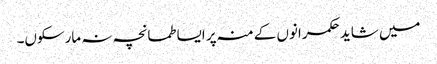
میں شاید حکمرانوں کے منہ پر ایسا طمانچہ نہ مارسکوں۔